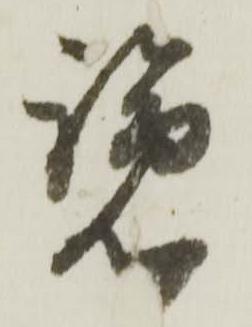
覧